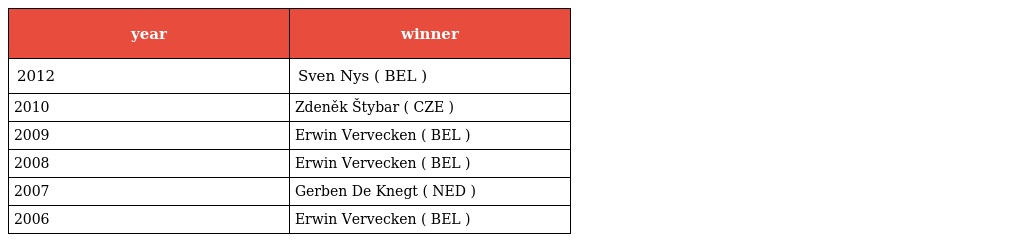
| year | winner |
 | --- | --- |
 | 2012 | Sven Nys ( BEL ) |
 | 2010 | Zdeněk Štybar ( CZE ) |
 | 2009 | Erwin Vervecken ( BEL ) |
 | 2008 | Erwin Vervecken ( BEL ) |
 | 2007 | Gerben De Knegt ( NED ) |
 | 2006 | Erwin Vervecken ( BEL ) |